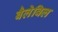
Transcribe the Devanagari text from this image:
बैलेविल